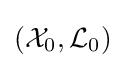
({\mathcal {X}}_{0},{\mathcal {L}}_{0})